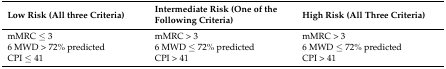
<table><thead><tr><td><b>Low Risk (All three Criteria)</b></td><td><b>Intermediate Risk (One of the Following Criteria)</b></td><td><b>High Risk (All Three Criteria)</b></td></tr></thead><tbody><tr><td>mMRC ≤ 3</td><td>mMRC &gt; 3</td><td>mMRC &gt; 3</td></tr><tr><td>6 MWD &gt; 72% predicted</td><td>6 MWD ≤ 72% predicted</td><td>6 MWD ≤ 72% predicted</td></tr><tr><td>CPI ≤ 41</td><td>CPI &gt; 41</td><td>CPI &gt; 41</td></tr></tbody></table>